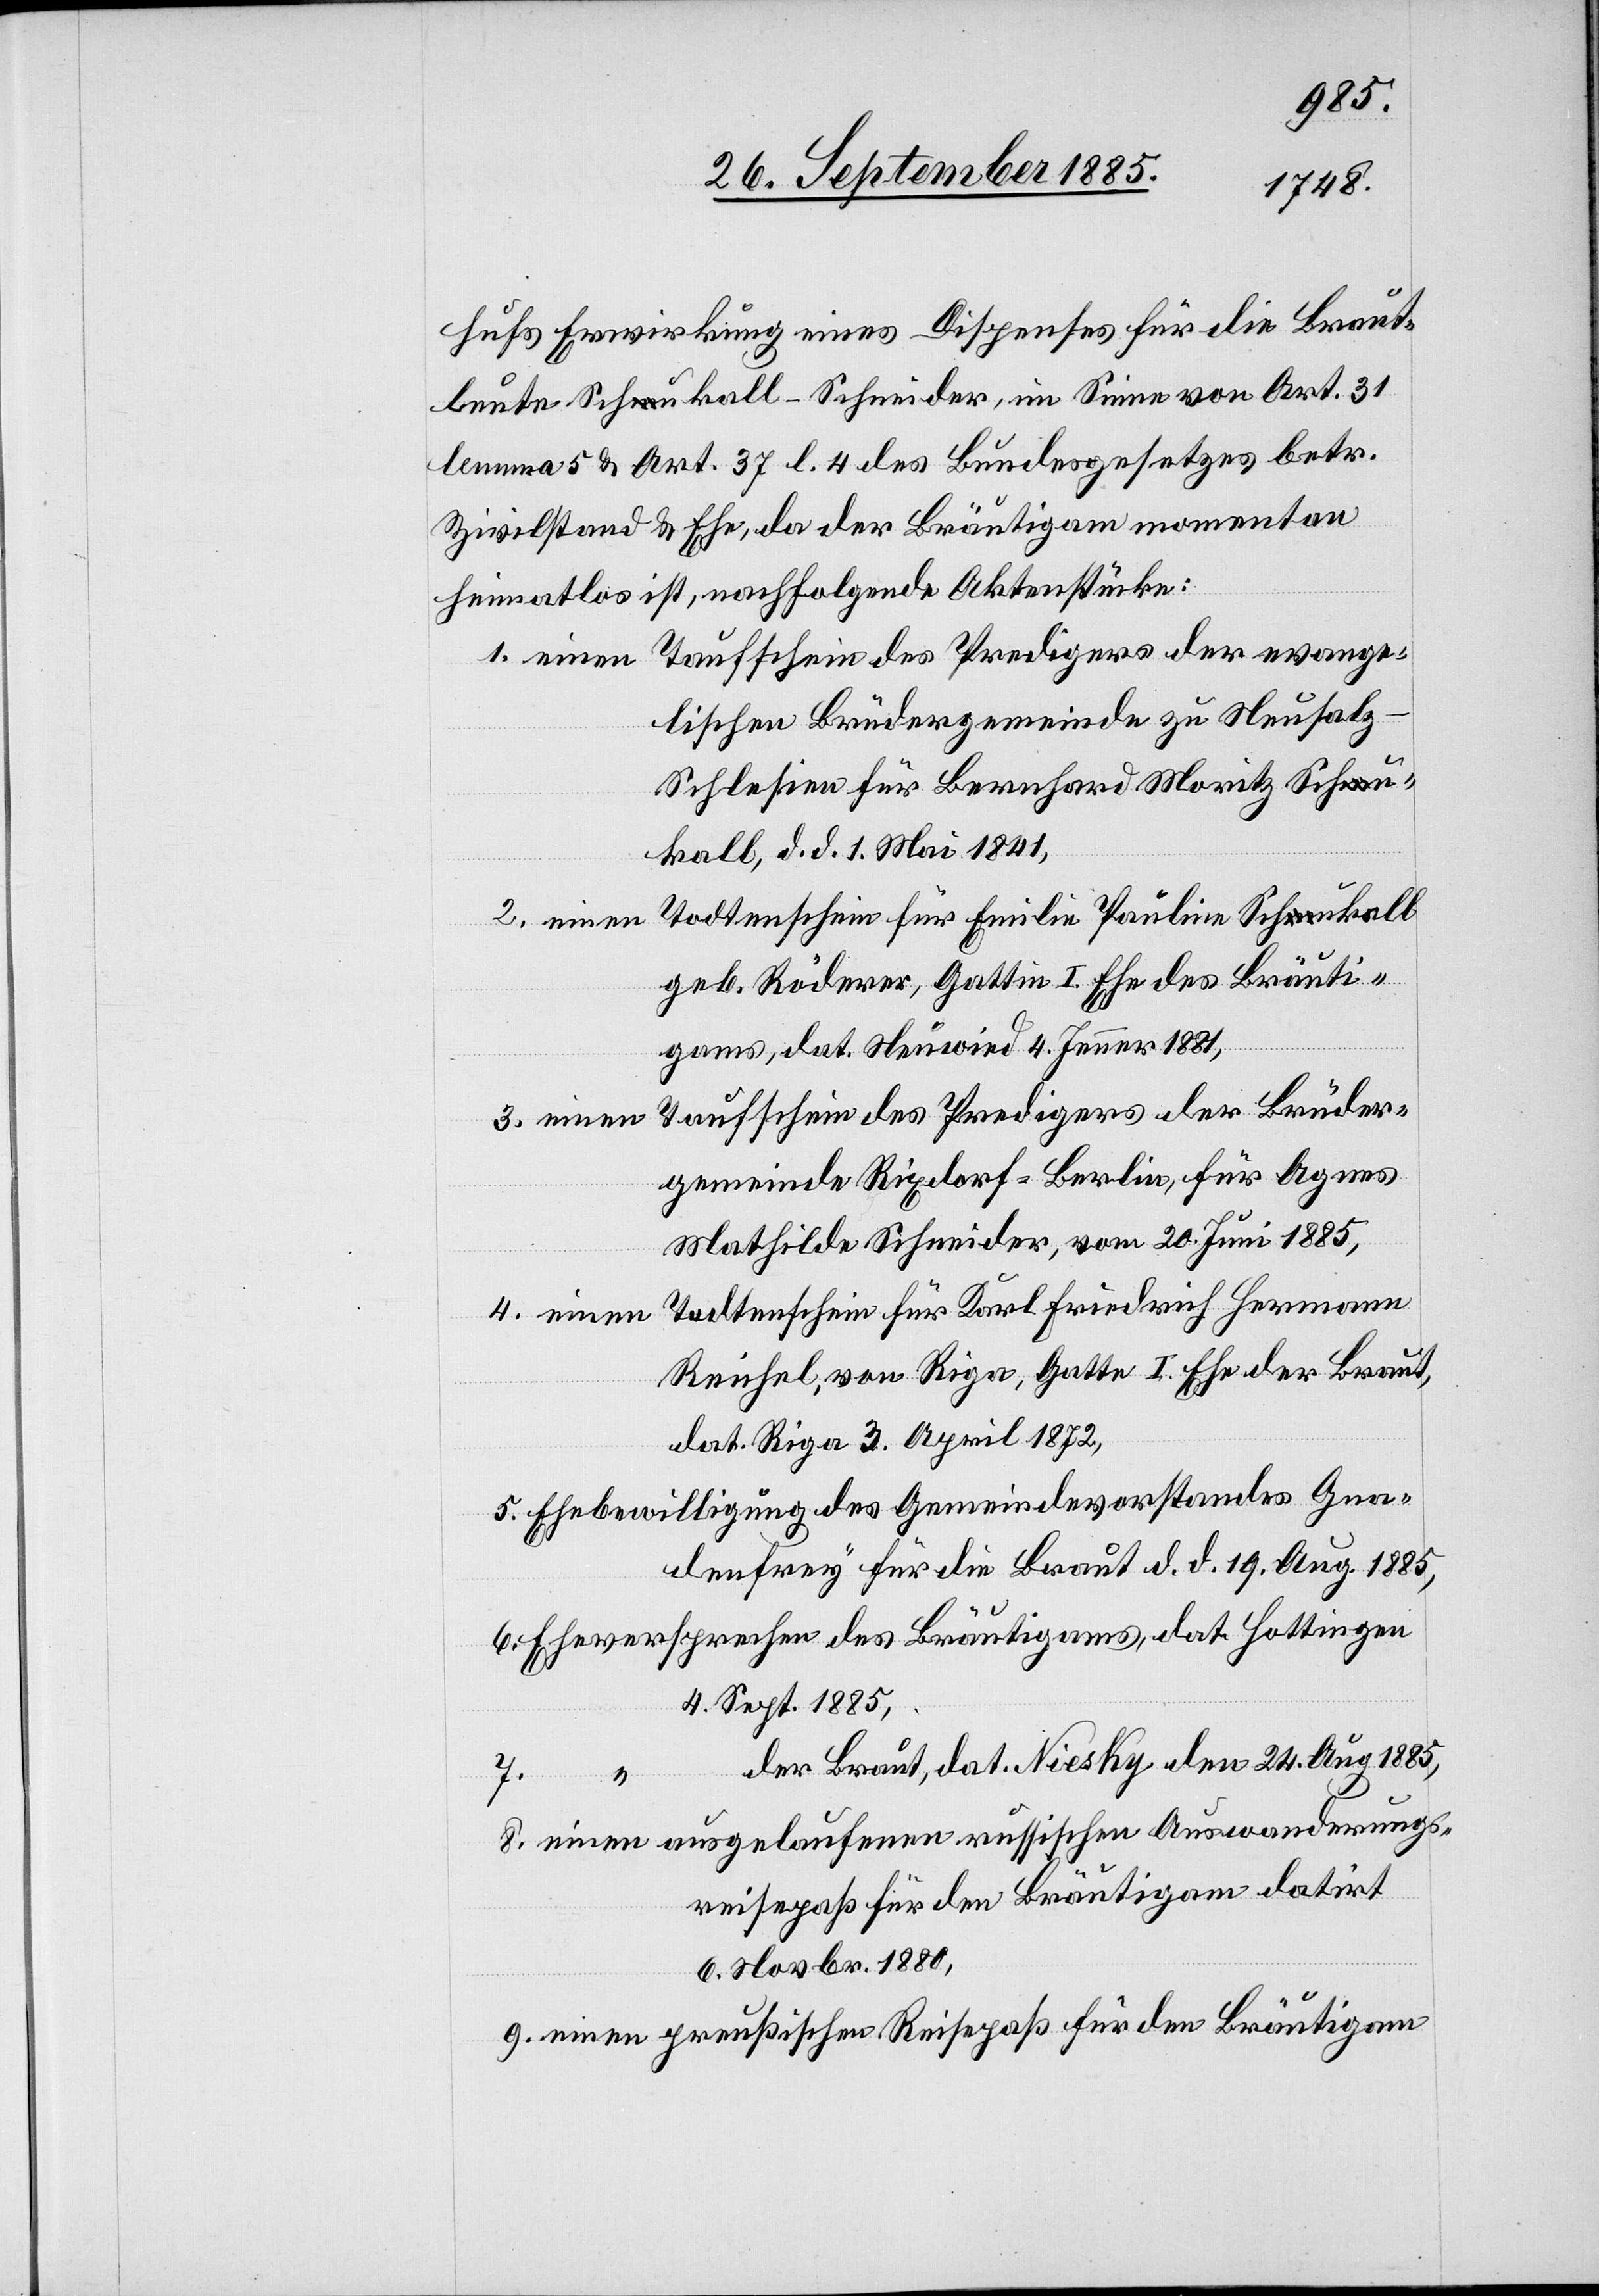
hufs Erwirkung eines Dispenses für die Braut¬
leute Schukall-Schneider, im Sinne von Art. 31
lemma 5 & Art. 37 l. 4 des Bundesgesetzes betr.
Zivilstand & Ehe, da der Bräutigam momentan
heimatlos ist, nachfolgende Aktenstücke:
Taufschein des Predigers der Brüder¬
lischen Brüdergemeinde zu Neusalz
Schlesien für Bernhard Moritz Schu¬
kall, d. d. 1. Mai 1841,
Todtenschein für Emilie Pauline Schukall
Auswanderung¬
geb. Röderer, Gattin I. Ehe des Bräuti¬
gams, dat. Neuwied 4. Jenner 1881,
gemeinde Rixdorf - Berlin, für Agnes
Mathilde Schneider, vom 20. Juni 1885,
Reichel, von Riga, Gatte I. Ehe der Braut,
dat. Riga 3. April 1872,
Ehebewilligung des Gemeindevorstandes Gna¬
denfrey für die Braut d. d. 19. Aug. 1885,
4. Sept. 1885,
der Braut, dat. Niesky den 24. Aug. 1885,
sreisepaß für den Bräutigam datirt
6. Novbr. 1880,
einen preußischen Reisepaß für den Bräutigam